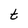
Character: t